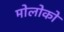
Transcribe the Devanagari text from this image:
मोलोको